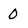
Character: O